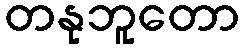
တနုဘူတော